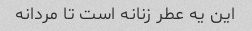
این یه عطر زنانه است تا مردانه